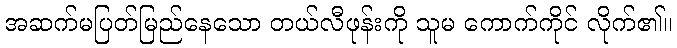
အဆက်မပြတ်မြည်နေသော တယ်လီဖုန်းကို သူမ ကောက်ကိုင် လိုက်၏။